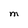
Character: M